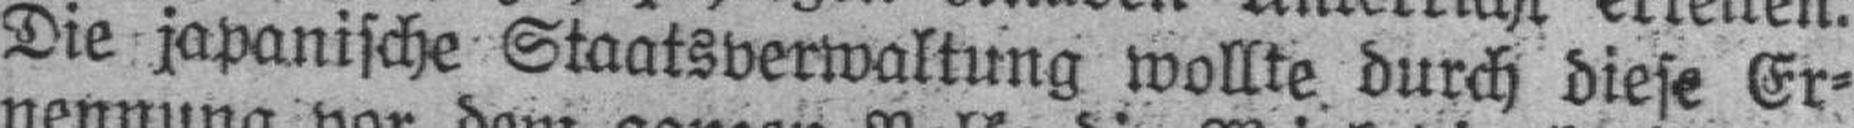
Die japanische Staatsverwaltung wollte durch diese Er¬